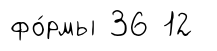
фо́рмы 36 12